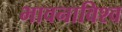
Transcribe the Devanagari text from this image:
भावनाविश्व